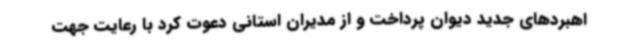
اهبردهای جدید دیوان پرداخت و از مدیران استانی دعوت کرد با رعایت جهت